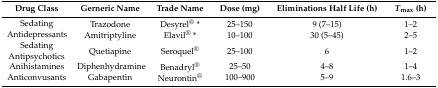
| Drug Class | Gerneric Name | Trade Name | Dose (mg) | Eliminations Half Life (h) | Tmax (h) |
 | --- | --- | --- | --- | --- | --- |
 | <ROWSPAN=2> Sedating Antidepressants | Trazodone | Desyrel® * | 25–150 | 9 (7–15) | 1–2 |
 | Amitriptyline | Elavil® * | 10–100 | 30 (5–45) | 2–5 |
 | Sedating Antipsychotics | Quetiapine | Seroquel® | 25–100 | 6 | 1–2 |
 | Anihistamines | Diphenhydramine | Benadryl® | 25–50 | 4–8 | 1–4 |
 | Anticonvusants | Gabapentin | Neurontin® | 100–900 | 5–9 | 1.6–3 |